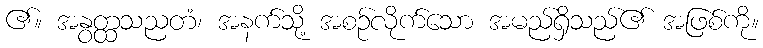
၏။ အနွတ္ထသညတံ၊ အနက်သို့ အစဉ်လိုက်သော အမည်ရှိသည်၏ အဖြစ်ကို။